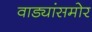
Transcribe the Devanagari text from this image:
वाड्यांसमोर